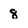
Character: 8